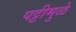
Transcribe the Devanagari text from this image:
पट्टीमुळे